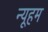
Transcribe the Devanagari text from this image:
न्यूहम